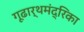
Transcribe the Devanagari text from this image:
गूढार्थमंद्रिका